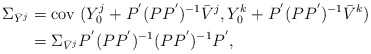
\begin{align*}\Sigma_{\bar{Y}^j} &= \mbox{cov } (Y_0^j + P ^{'} (P P ^{'}) ^{-1} \bar{V}^j , Y_0^k + P ^{'} (P P ^{'}) ^{-1} \bar{V}^k )\\& = \Sigma_{\bar{V}^j} P ^{'} (P P ^{'}) ^{-1} (P P ^{'}) ^{-1} P ^{'}, \\\end{align*}